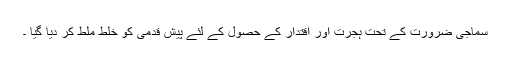
سماجی ضرورت كے تحت ہجرت اور اقتدار كے حصول كے لئے پیش قدمی كو خلط ملط كر دیا گیا ۔